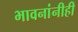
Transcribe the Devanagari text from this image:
भावनांनीही